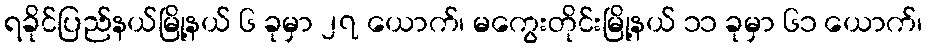
ရခိုင်ပြည်နယ်မြို့နယ် ၆ ခုမှာ ၂၇ ယောက်၊ မကွေးတိုင်းမြို့နယ် ၁၁ ခုမှာ ၆၁ ယောက်၊